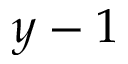
y - 1